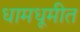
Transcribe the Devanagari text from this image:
धामधूमीत